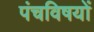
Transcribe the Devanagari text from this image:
पंचविषयों